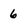
Character: 6